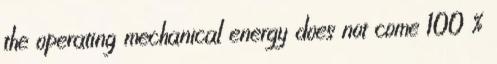
the operating mechanical energy does not come 100 %